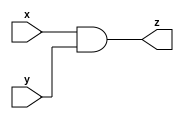
module assign_and(
  input wire x,
  input wire y,
  output wire z
);
  assign z = x & y;
endmodule